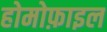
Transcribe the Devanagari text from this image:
होमोफ़ाइल